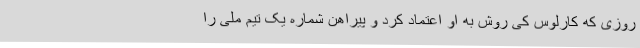
روزی که کارلوس کی روش به او اعتماد کرد و پیراهن شماره یک تیم ملی را